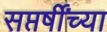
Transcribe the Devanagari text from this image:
सप्तर्षींच्या